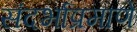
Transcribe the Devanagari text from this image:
संदर्भाप्रमाणे